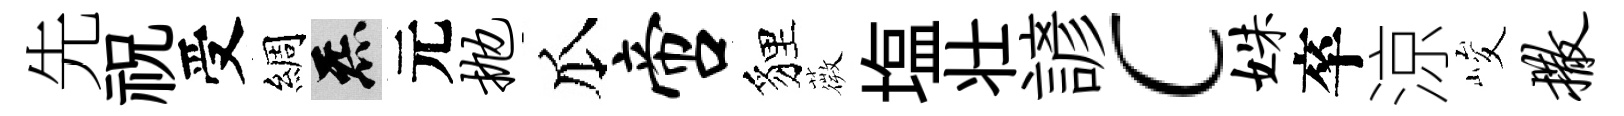
先祝受綢炁元抛瓜啻貍薇塩壮諺c姝卒涼峻撒